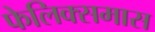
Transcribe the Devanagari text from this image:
फेलिक्समास